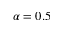
\alpha = 0 . 5